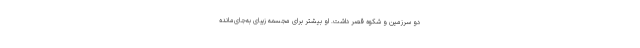
دو سرزمین و شکوه قصر داشت. او بیشتر برای مجسمه زیبای به‌جای‌مانده